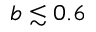
b \lesssim 0 . 6